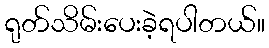
ရုတ်သိမ်းပေးခဲ့ရပါတယ်။